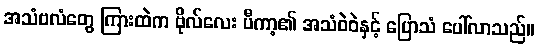
အသံဗလံတွေ ကြားထဲက ဗိုလ်လေး ပီကာ့၏ အသံဝဲဝဲနှင့် ပြောသံ ပေါ်လာသည်။